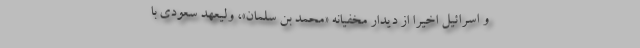
و اسرائیل اخیرا از دیدار مخفیانه «محمد بن سلمان»، ولیعهد سعودی با